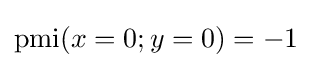
\operatorname {pmi} (x=0;y=0)=-1